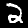
Label: 2